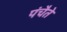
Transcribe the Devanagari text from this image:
पंचैते